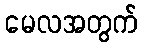
မေလအတွက်